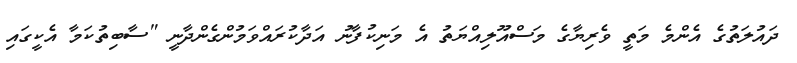
ދައުލަތުގެ އެންމެ މަތީ ވެރިޔާގެ މަސްއޫލިއްޔަތު އެ މަނިކުފާނު އަދާކުރައްވަމުންގެންދާނީ "ސާބިތުކަމާ އެކީގައި